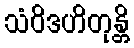
သံဝိဒဟိတုန္တိ